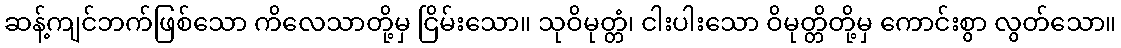
ဆန့်ကျင်ဘက်ဖြစ်သော ကိလေသာတို့မှ ငြိမ်းသော။ သုဝိမုတ္တံ၊ ငါးပါးသော ဝိမုတ္တိတို့မှ ကောင်းစွာ လွတ်သော။